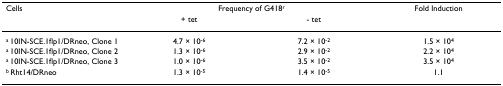
<table><thead><tr><td><b>Cells</b></td><td colspan="2"><b>Frequency of G418<sup>r</sup></b></td><td><b>Fold Induction</b></td></tr><tr><td></td><td><b>+ tet</b></td><td><b>- tet</b></td><td></td></tr></thead><tbody><tr><td><sup>a </sup>10IN-SCE.1flp1/DRneo, Clone 1</td><td>4.7 × 10<sup>-6</sup></td><td>7.2 × 10<sup>-2</sup></td><td>1.5 × 10<sup>4</sup></td></tr><tr><td><sup>a </sup>10IN-SCE.1flp1/DRneo, Clone 2</td><td>1.3 × 10<sup>-6</sup></td><td>2.9 × 10<sup>-2</sup></td><td>2.2 × 10<sup>4</sup></td></tr><tr><td><sup>a </sup>10IN-SCE.1flp1/DRneo, Clone 3</td><td>1.0 × 10<sup>-6</sup></td><td>3.5 × 10<sup>-2</sup></td><td>3.5 × 10<sup>4</sup></td></tr><tr><td><sup>b </sup>Rht14/DRneo</td><td>1.3 × 10<sup>-5</sup></td><td>1.4 × 10<sup>-5</sup></td><td>1.1</td></tr></tbody></table>